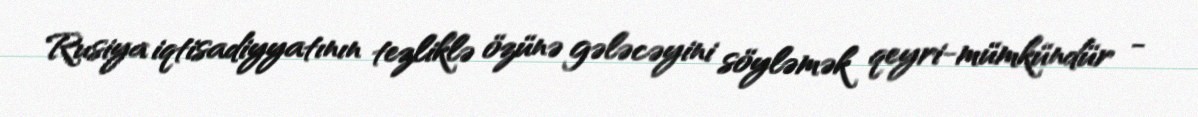
Rusiya iqtisadiyyatının tezliklə özünə gələcəyini söyləmək qeyri-mümkündür -